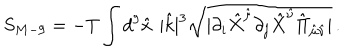
S _ { M - 9 } = - T \int d ^ { 9 } \hat { x } | \hat { k } | ^ { 3 } \sqrt { \mid \partial _ { i } \hat { X } ^ { \hat { \mu } } \partial _ { j } \hat { X } ^ { \hat { \nu } } \hat { \Pi } _ { \hat { \mu } \hat { \nu } } \mid } \, .